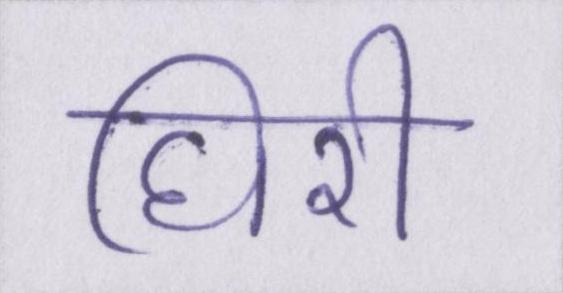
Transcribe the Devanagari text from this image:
घिरी